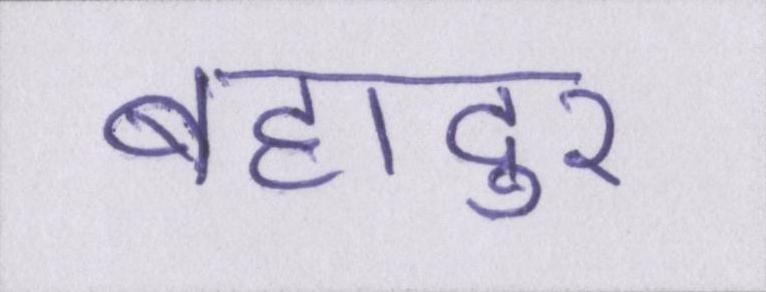
बहादुर